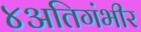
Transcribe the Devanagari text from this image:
४अतिगंभीर